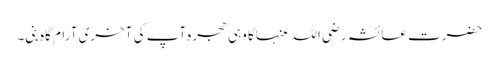
حضرت عائشہ رضی اللہ عنہا کا وہی حجرہ آپ کی آخری آرام گاہ بنی۔